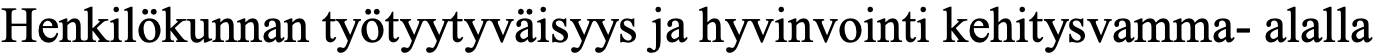
Henkilökunnan työtyytyväisyys ja hyvinvointi kehitysvamma- alalla